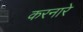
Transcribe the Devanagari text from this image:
करनारे